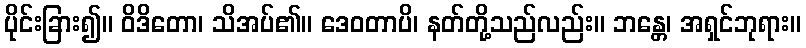
ပိုင်းခြား၍။ ဝိဒိတော၊ သိအပ်၏။ ဒေဝတာပိ၊ နတ်တို့သည်လည်း။ ဘန္တေ၊ အရှင်ဘုရား။